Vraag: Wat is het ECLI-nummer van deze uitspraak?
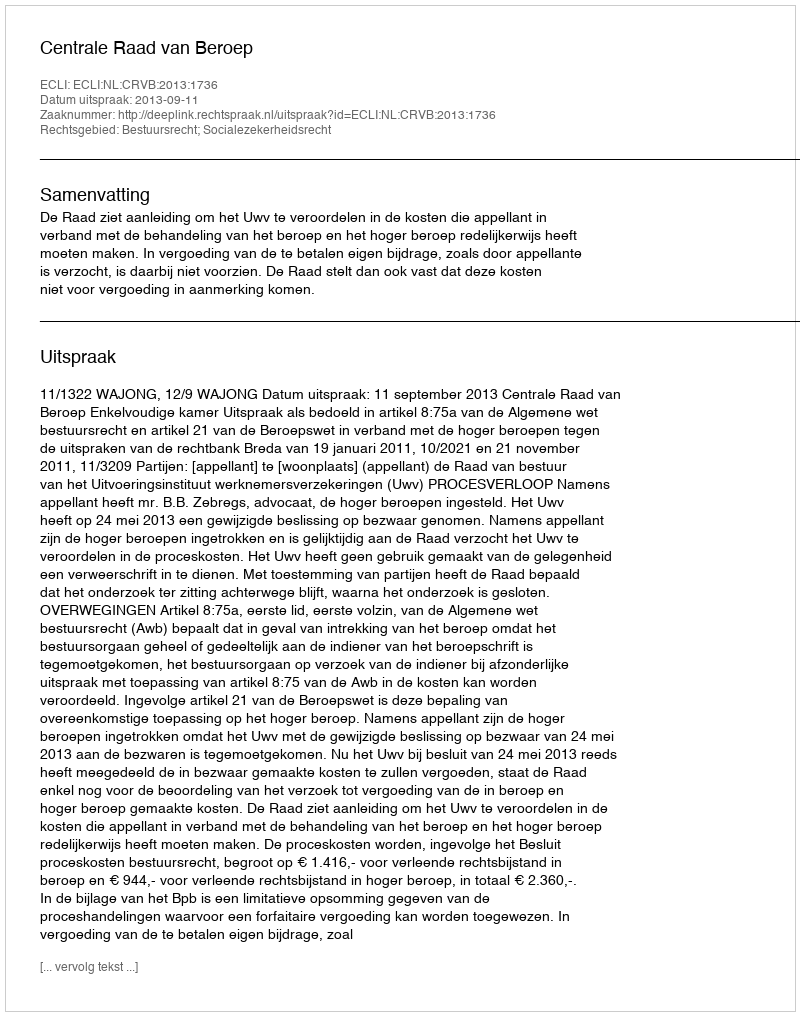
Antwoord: ECLI:NL:CRVB:2013:1736